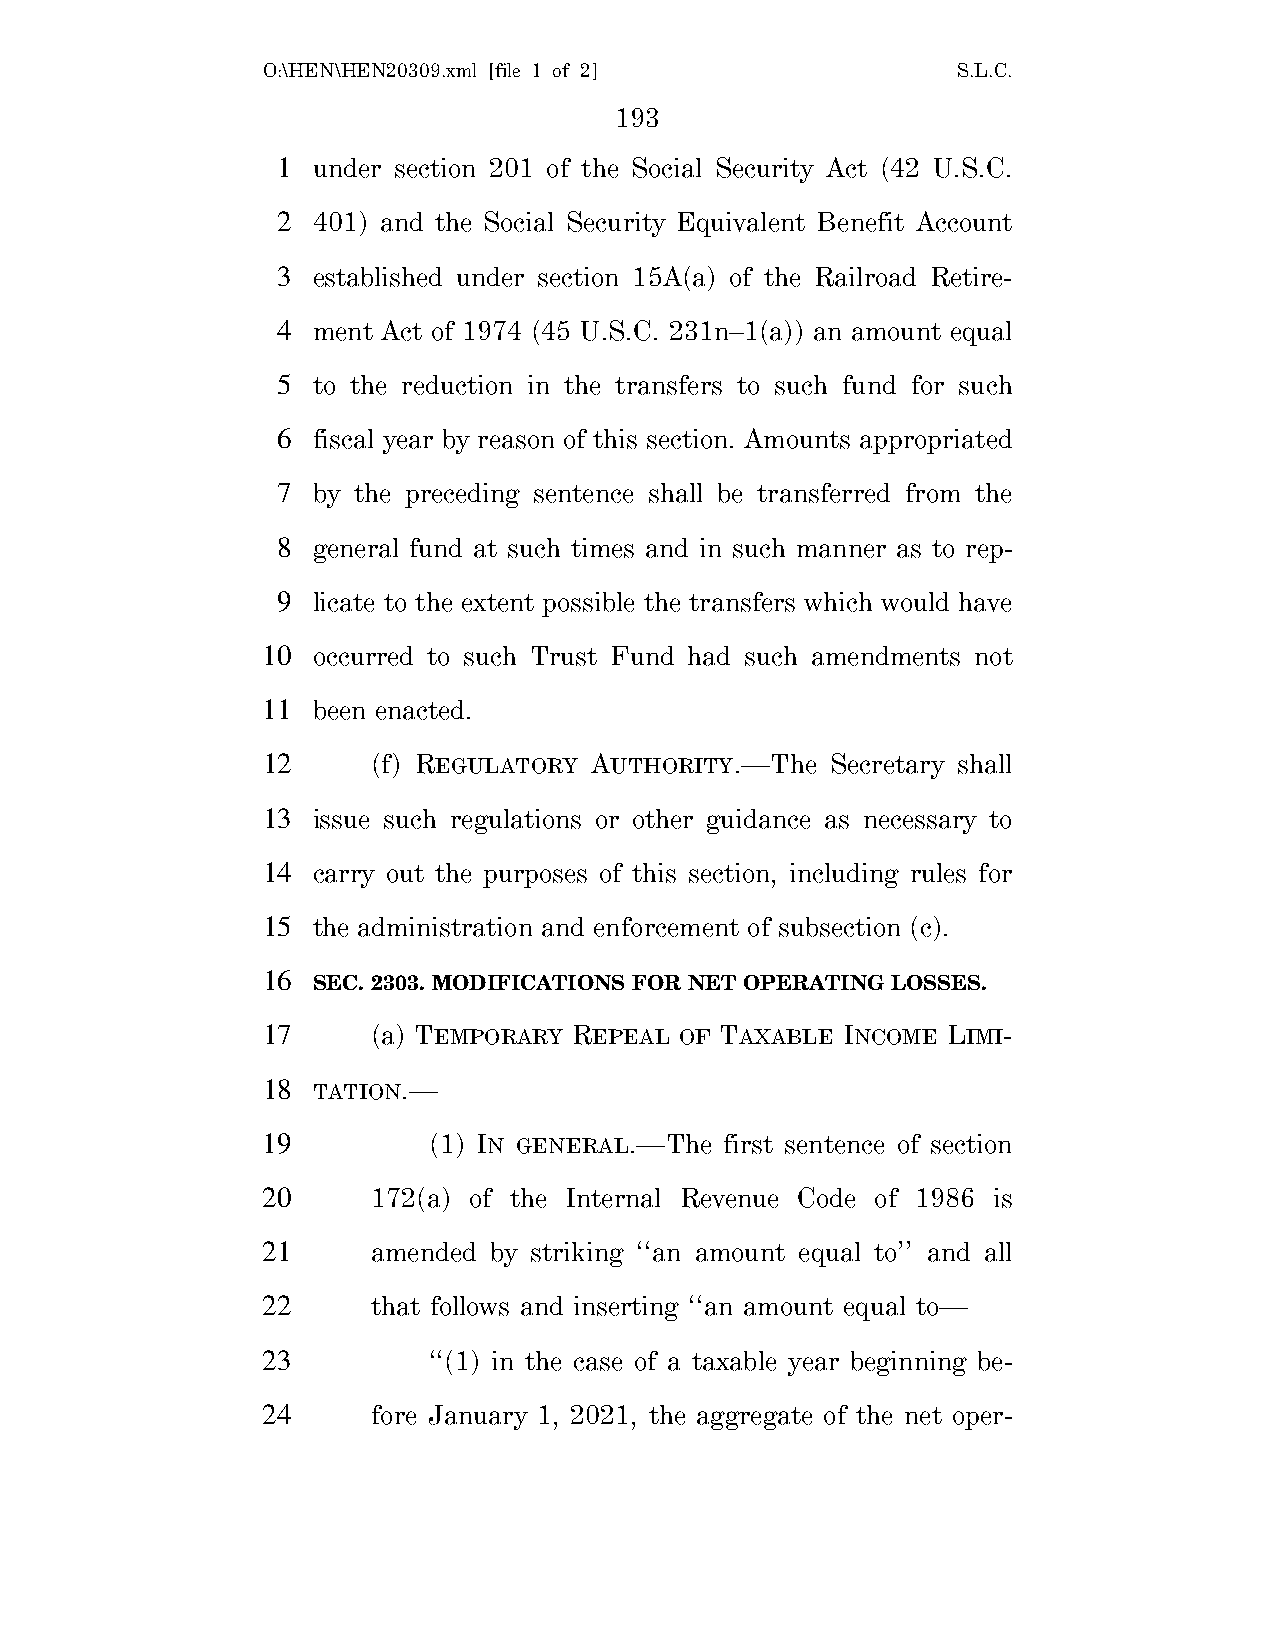
O:\HEN\HEN20309.xml [file 1 of 2]             S.L.C.
 193
 1  under section 201 of the Social Security Act (42 U.S.C.
 2  401) and the Social Security Equivalent Benefit Account
 3  established under section 15A(a) of the Railroad Retire-
 4  ment Act of 1974 (45 U.S.C. 231n–1(a)) an amount equal
 5  to the reduction in the transfers to such fund for such
 6  fiscal year by reason of this section. Amounts appropriated
 7  by the preceding sentence shall be transferred from the
 8  general fund at such times and in such manner as to rep-
 9  licate to the extent possible the transfers which would have
 10  occurred to such Trust Fund had such amendments not
 11  been enacted.
 12      (f) REGULATORY AUTHORITY.—The Secretary shall
 13  issue such regulations or other guidance as necessary to
 14  carry out the purposes of this section, including rules for
 15  the administration and enforcement of subsection (c).
 16
 SEC. 2303. MODIFICATIONS FOR NET OPERATING LOSSES.
 17      (a) TEMPORARY REPEAL OF TAXABLE INCOME LIMI-
 18  TATION.—
 19         (1) IN GENERAL.—The first sentence of section
 20      172(a) of the Internal Revenue Code of 1986 is
 21      amended by striking ‘‘an amount equal to’’ and all
 22      that follows and inserting ‘‘an amount equal to—
 23         ‘‘(1) in the case of a taxable year beginning be-
 24      fore January 1, 2021, the aggregate of the net oper-